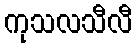
ကုသလသီလီ